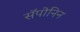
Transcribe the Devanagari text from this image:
सॅपोनिन